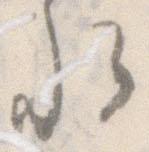
卿